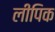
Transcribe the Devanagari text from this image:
लीपिक